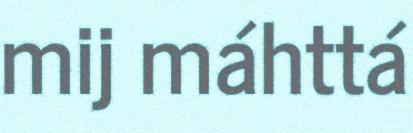
mij máhttá